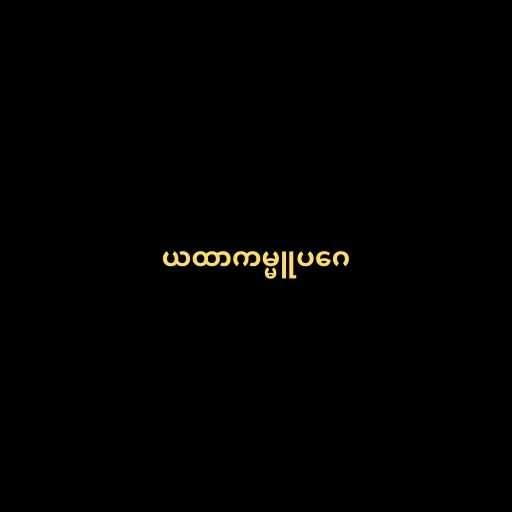
ယထာကမ္မူပဂေ